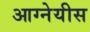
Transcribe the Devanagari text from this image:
आग्नेयीस